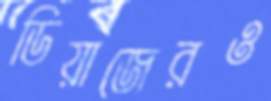
ডিয়াজেরও